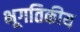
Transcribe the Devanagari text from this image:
भूगतिकीय